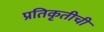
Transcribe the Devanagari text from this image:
प्रतिकृतीची